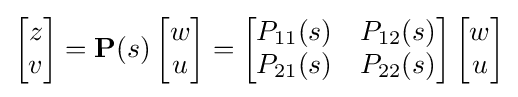
{\begin{bmatrix}z\\v\end{bmatrix}}=\mathbf {P} (s)\,{\begin{bmatrix}w\\u\end{bmatrix}}={\begin{bmatrix}P_{11}(s)&P_{12}(s)\\P_{21}(s)&P_{22}(s)\end{bmatrix}}\,{\begin{bmatrix}w\\u\end{bmatrix}}